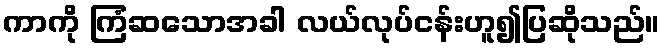
ကာကို ကြံဆသောအခါ လယ်လုပ်ငန်းဟူ၍ပြဆိုသည်။